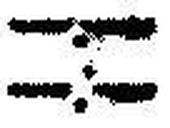
—.—